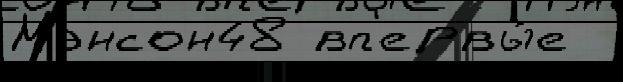
Мэнсон48 вп'ервы́е